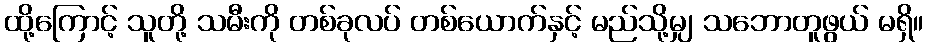
ထို့ကြောင့် သူတို့ သမီးကို တစ်ခုလပ် တစ်ယောက်နှင့် မည်သို့မျှ သဘောတူဖွယ် မရှိ။